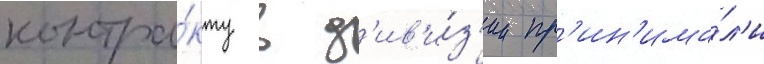
контра́кту в д'ив'и́з'ии пр'ин'има́л'и